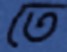
তে